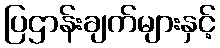
ပြဌာန်းချက်များနှင့်